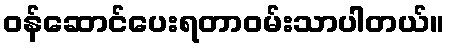
ဝန်ဆောင်ပေးရတာဝမ်းသာပါတယ်။